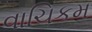
વાચિકમ